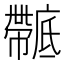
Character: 𢋴